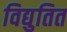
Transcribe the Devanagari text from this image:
विद्युतित